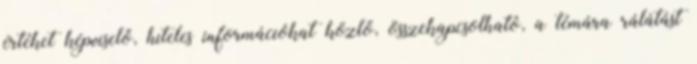
értéket képviselő, hiteles információkat közlő, összekapcsolható, a témára rálátást